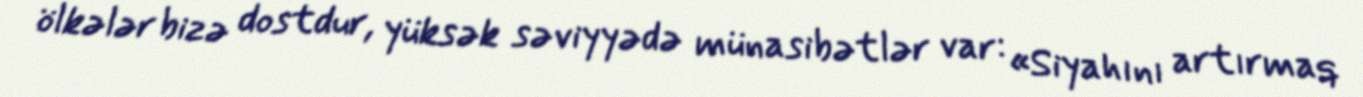
ölkələr bizə dostdur, yüksək səviyyədə münasibətlər var: «Siyahını artırmaq